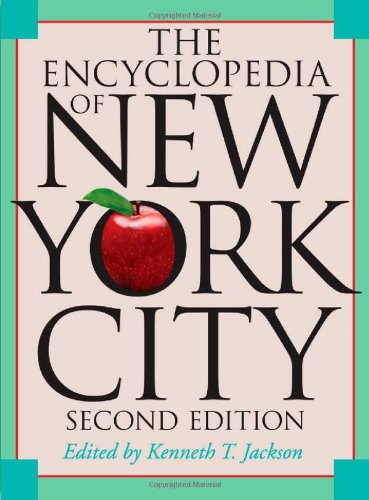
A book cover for The Encyclopedia of New York City: Second Edition; Reference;